Sketch of the medical history of the native army of Bombay, for the year
Year: 1875
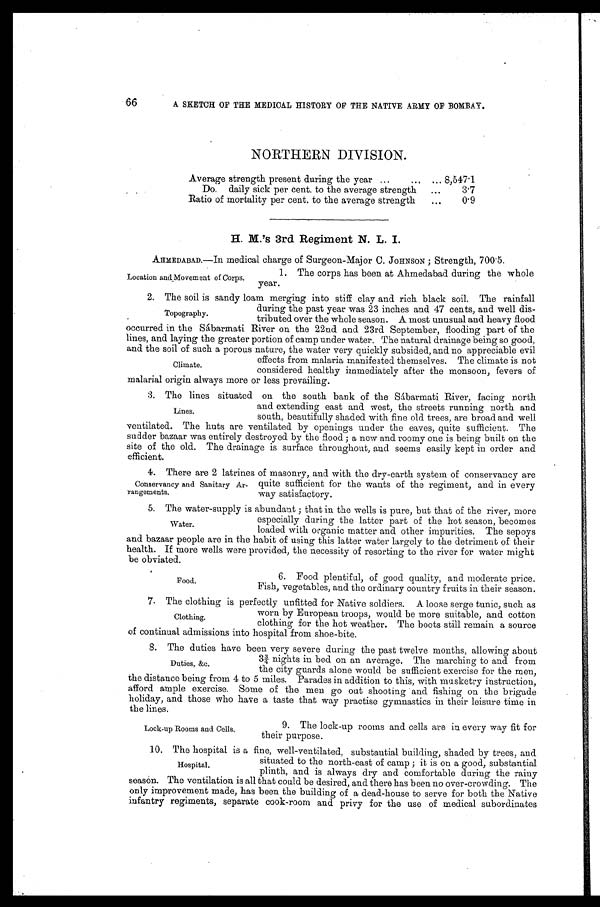
66
A SKETCH OF THE MEDICAL HISTORY OF THE NATIVE ARMY OF BOMBAY.
NORTHERN DIVISION.
Average strength present during the year . . . 8,547.1
Do. daily sick per cent to the average strength . . .
3.7
Ratio of mortality per cent to the average strength . . .
0.9
H. M.'s 3rd Regiment N. L. I.
AHMEDABAD.—In medical charge of Surgeon-Major C. JOHNSON ; Strength, 700.5.
1. The corps has been at Ahmedabad during the whole
year.
Location and Movement of Corps.
2 . T h e s o i l i s s a n d y l o a m m e r g i n g i n t o s t i f f c l a y a n d r i c h b l a c k s o i l . T h e r a i n f a l l
during the past year was 23 inches and 47 cents, and well dis
-tributed over the whole season. A most unusual and heavy flood
occurred in the Sábarmati River on the 22nd and 23rd September, flooding part of the
lines, and laying the greater portion of camp under water. The natural drainage being so good,
and the soil of such a porous nature, the water very quickly subsided, and no appreciable evil
effects from malaria manifested themselves. The climate is not
considered healthy immediately after the monsoon, fevers of
malarial origin always more or less prevailing.
3. The lines situated on the south bank of the Sábarmati River, facing north
and extending east and west, the streets running north and
south, beautifully shaded with fine old trees, are broad and well
ventilated. The huts are ventilated by openings under the eaves, quite sufficient. The
sudder bazaar was entirely destroyed by the flood ; a new and roomy one is being built on the
site of the old. The drainage is surface throughout, and seems easily kept in order and
efficient.
4 . T h e r e a r e 2 l a t r i n e s o f m a s o n r y , a n d w i t h t h e d r y - e a r t h s y s t e m o f c o n s e r v a n c y a r e
quite sufficient for the wants of the regiment, and in every
way satisfactory.
5. The water-supply is abundant ; that in the wells is pure, but that of the river, more
especially during the latter part of the hot season, becomes
loaded with organic matter and other impurities. The sepoys
and bazaar people are in the habit of using this latter water largely to the detriment of their
health. If more wells were provided, the necessity of resorting to the river for water might
be obviated.
6. Food plentiful, of good quality, and moderate price.
Fish, vegetables, and the ordinary country fruits in their season.
7. The clothing is perfectly unfitted for Native soldiers. A loose serge tunic, such as
worn by European troops, would be more suitable, and cotton
clothing for the hot weather. The boots still remain a source
of continual admissions into hospital from shoe-bite.
8. The duties have been very severe during the past twelve months, allowing about
3¾ nights in bed on an average. The marching to and from
the city guards alone would be sufficient exercise for the men,
the distance being from 4 to 5 miles. Parades in addition to this, with musketry instruction,
afford ample exercise. Some of the men go out shooting and fishing on the brigade
holiday, and those who have a taste that way practise gymnastics in their leisure time in
the lines.
Topography.
Climate.
Lines.
Conservancy and Sanitary Ar
-rangements.
Water.
Food.
Clothing.
Duties, &c.
Lock-up Rooms and Cells.
9. The lock-up rooms and cells are in every way fit for
their purpose.
10. The hospital is a fine, well-ventilated, substantial building, shaded by trees, and
situated to the north-east of camp ; it is on a good, substantial
plinth, and is always dry and comfortable during the rainy
season. The ventilation is all that could be desired, and there has been no over-crowding. The
only improvement made, has been the building of a dead-house to serve for both the Native
infantry regiments, separate cook-room and privy for the use of medical subordinates
Hospital.